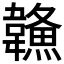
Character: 𩏦